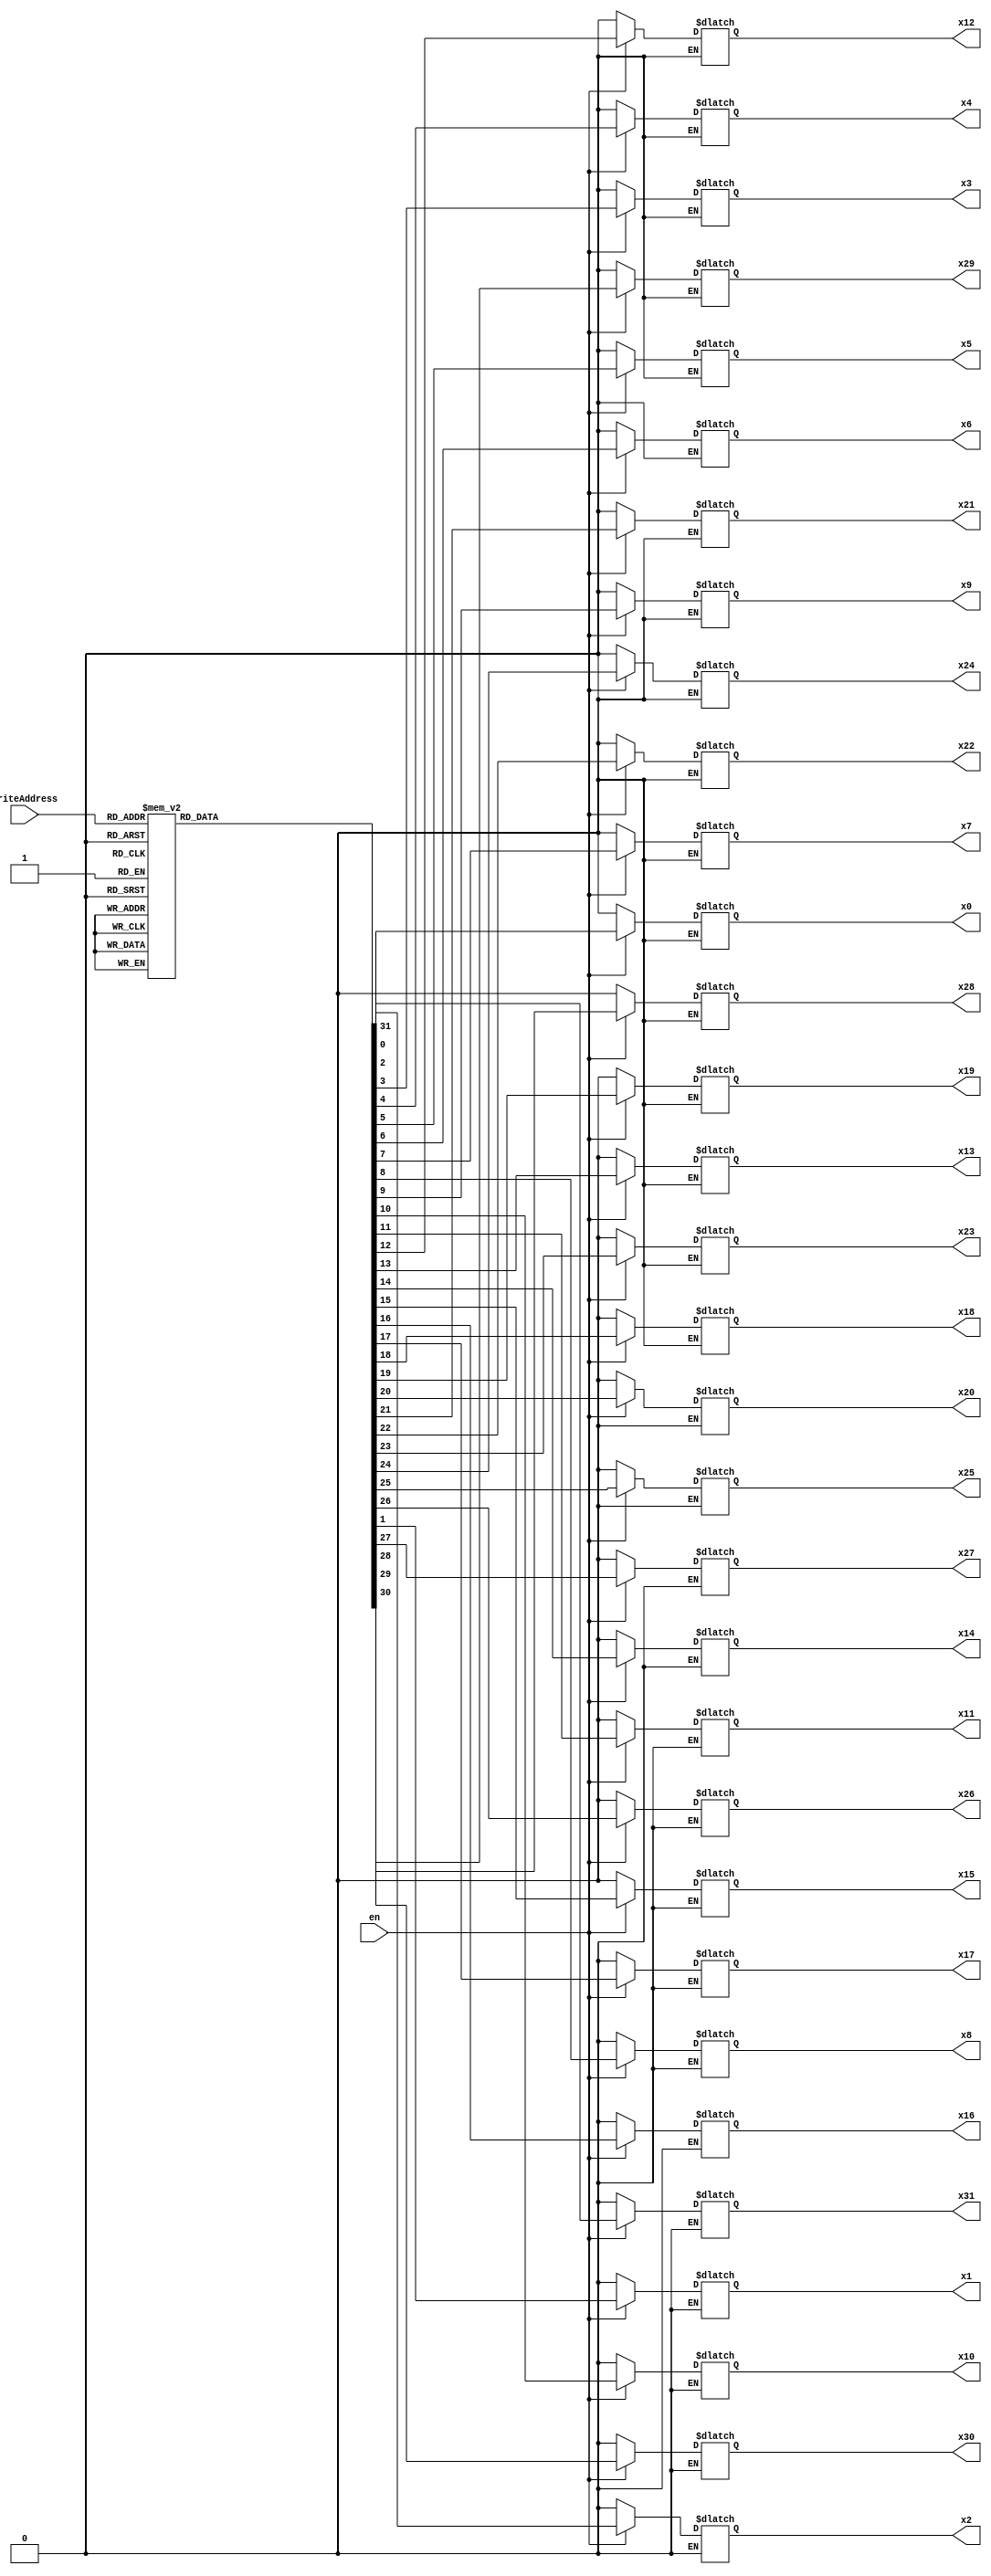
module Decoder_reg_file(writeAddress, x31,x30,x29,x28,x27,x26,x25,x24,x23,x22, 
				x21,x20,x19,x18,x17,x16,x15,x14,x13,x12, 
				x11,x10,x9,x8,x7,x6,x5,x4,x3,x2,x1,x0,en); 
output x31,x30,x29,x28,x27,x26,x25,x24,x23,x22,x21,x20,x19,x18,x17,x16,x15,x14,x13,x12,x11,x10,x9,x8,x7,x6,x5,x4,x3,x2,x1,x0; 
input [4:0]writeAddress; input en; 
reg x31,x30,x29,x28,x27,x26,x25,x24,x23,x22,x21,x20,x19,x18,x17,x16,x15,x14,x13,x12,x11,x10,x9,x8,x7,x6,x5,x4,x3,x2,x1,x0;

always @(writeAddress or en)   begin 
	if (en == 1'b1) 
case (writeAddress) 
5'b00000: {x31,x30,x29,x28,x27,x26,x25,x24,x23,x22,x21,x20,x19,x18,x17,x16,x15,x14,x13,x12,x11,x10,x9,x8,x7,x6,x5,x4,x3,x2,x1,x0} = 32'b00000000000000000000000000000001;
5'b00001: {x31,x30,x29,x28,x27,x26,x25,x24,x23,x22,x21,x20,x19,x18,x17,x16,x15,x14,x13,x12,x11,x10,x9,x8,x7,x6,x5,x4,x3,x2,x1,x0} = 32'b00000000000000000000000000000010;
5'b00010: {x31,x30,x29,x28,x27,x26,x25,x24,x23,x22,x21,x20,x19,x18,x17,x16,x15,x14,x13,x12,x11,x10,x9,x8,x7,x6,x5,x4,x3,x2,x1,x0} = 32'b00000000000000000000000000000100;
5'b00011: {x31,x30,x29,x28,x27,x26,x25,x24,x23,x22,x21,x20,x19,x18,x17,x16,x15,x14,x13,x12,x11,x10,x9,x8,x7,x6,x5,x4,x3,x2,x1,x0} = 32'b00000000000000000000000000001000;
5'b00100: {x31,x30,x29,x28,x27,x26,x25,x24,x23,x22,x21,x20,x19,x18,x17,x16,x15,x14,x13,x12,x11,x10,x9,x8,x7,x6,x5,x4,x3,x2,x1,x0} = 32'b00000000000000000000000000010000;
5'b00101: {x31,x30,x29,x28,x27,x26,x25,x24,x23,x22,x21,x20,x19,x18,x17,x16,x15,x14,x13,x12,x11,x10,x9,x8,x7,x6,x5,x4,x3,x2,x1,x0} = 32'b00000000000000000000000000100000;
5'b00110: {x31,x30,x29,x28,x27,x26,x25,x24,x23,x22,x21,x20,x19,x18,x17,x16,x15,x14,x13,x12,x11,x10,x9,x8,x7,x6,x5,x4,x3,x2,x1,x0} = 32'b00000000000000000000000001000000;
5'b00111: {x31,x30,x29,x28,x27,x26,x25,x24,x23,x22,x21,x20,x19,x18,x17,x16,x15,x14,x13,x12,x11,x10,x9,x8,x7,x6,x5,x4,x3,x2,x1,x0} = 32'b00000000000000000000000010000000;

5'b01000: {x31,x30,x29,x28,x27,x26,x25,x24,x23,x22,x21,x20,x19,x18,x17,x16,x15,x14,x13,x12,x11,x10,x9,x8,x7,x6,x5,x4,x3,x2,x1,x0} = 32'b00000000000000000000000100000000;
5'b01001: {x31,x30,x29,x28,x27,x26,x25,x24,x23,x22,x21,x20,x19,x18,x17,x16,x15,x14,x13,x12,x11,x10,x9,x8,x7,x6,x5,x4,x3,x2,x1,x0} = 32'b00000000000000000000001000000000;
5'b01010: {x31,x30,x29,x28,x27,x26,x25,x24,x23,x22,x21,x20,x19,x18,x17,x16,x15,x14,x13,x12,x11,x10,x9,x8,x7,x6,x5,x4,x3,x2,x1,x0} = 32'b00000000000000000000010000000000;
5'b01011: {x31,x30,x29,x28,x27,x26,x25,x24,x23,x22,x21,x20,x19,x18,x17,x16,x15,x14,x13,x12,x11,x10,x9,x8,x7,x6,x5,x4,x3,x2,x1,x0} = 32'b00000000000000000000100000000000;
5'b01100: {x31,x30,x29,x28,x27,x26,x25,x24,x23,x22,x21,x20,x19,x18,x17,x16,x15,x14,x13,x12,x11,x10,x9,x8,x7,x6,x5,x4,x3,x2,x1,x0} = 32'b00000000000000000001000000000000;
5'b01101: {x31,x30,x29,x28,x27,x26,x25,x24,x23,x22,x21,x20,x19,x18,x17,x16,x15,x14,x13,x12,x11,x10,x9,x8,x7,x6,x5,x4,x3,x2,x1,x0} = 32'b00000000000000000010000000000000;
5'b01110: {x31,x30,x29,x28,x27,x26,x25,x24,x23,x22,x21,x20,x19,x18,x17,x16,x15,x14,x13,x12,x11,x10,x9,x8,x7,x6,x5,x4,x3,x2,x1,x0} = 32'b00000000000000000100000000000000;
5'b01111: {x31,x30,x29,x28,x27,x26,x25,x24,x23,x22,x21,x20,x19,x18,x17,x16,x15,x14,x13,x12,x11,x10,x9,x8,x7,x6,x5,x4,x3,x2,x1,x0} = 32'b00000000000000001000000000000000;

5'b10000: {x31,x30,x29,x28,x27,x26,x25,x24,x23,x22,x21,x20,x19,x18,x17,x16,x15,x14,x13,x12,x11,x10,x9,x8,x7,x6,x5,x4,x3,x2,x1,x0} = 32'b00000000000000010000000000000000;
5'b10001: {x31,x30,x29,x28,x27,x26,x25,x24,x23,x22,x21,x20,x19,x18,x17,x16,x15,x14,x13,x12,x11,x10,x9,x8,x7,x6,x5,x4,x3,x2,x1,x0} = 32'b00000000000000100000000000000000;
5'b10010: {x31,x30,x29,x28,x27,x26,x25,x24,x23,x22,x21,x20,x19,x18,x17,x16,x15,x14,x13,x12,x11,x10,x9,x8,x7,x6,x5,x4,x3,x2,x1,x0} = 32'b00000000000001000000000000000000;
5'b10011: {x31,x30,x29,x28,x27,x26,x25,x24,x23,x22,x21,x20,x19,x18,x17,x16,x15,x14,x13,x12,x11,x10,x9,x8,x7,x6,x5,x4,x3,x2,x1,x0} = 32'b00000000000010000000000000000000;
5'b10100: {x31,x30,x29,x28,x27,x26,x25,x24,x23,x22,x21,x20,x19,x18,x17,x16,x15,x14,x13,x12,x11,x10,x9,x8,x7,x6,x5,x4,x3,x2,x1,x0} = 32'b00000000000100000000000000000000;
5'b10101: {x31,x30,x29,x28,x27,x26,x25,x24,x23,x22,x21,x20,x19,x18,x17,x16,x15,x14,x13,x12,x11,x10,x9,x8,x7,x6,x5,x4,x3,x2,x1,x0} = 32'b00000000001000000000000000000000;
5'b10110: {x31,x30,x29,x28,x27,x26,x25,x24,x23,x22,x21,x20,x19,x18,x17,x16,x15,x14,x13,x12,x11,x10,x9,x8,x7,x6,x5,x4,x3,x2,x1,x0} = 32'b00000000010000000000000000000000;
5'b10111: {x31,x30,x29,x28,x27,x26,x25,x24,x23,x22,x21,x20,x19,x18,x17,x16,x15,x14,x13,x12,x11,x10,x9,x8,x7,x6,x5,x4,x3,x2,x1,x0} = 32'b00000000100000000000000000000000;

5'b11000: {x31,x30,x29,x28,x27,x26,x25,x24,x23,x22,x21,x20,x19,x18,x17,x16,x15,x14,x13,x12,x11,x10,x9,x8,x7,x6,x5,x4,x3,x2,x1,x0} = 32'b00000001000000000000000000000000;
5'b11001: {x31,x30,x29,x28,x27,x26,x25,x24,x23,x22,x21,x20,x19,x18,x17,x16,x15,x14,x13,x12,x11,x10,x9,x8,x7,x6,x5,x4,x3,x2,x1,x0} = 32'b00000010000000000000000000000000;
5'b11010: {x31,x30,x29,x28,x27,x26,x25,x24,x23,x22,x21,x20,x19,x18,x17,x16,x15,x14,x13,x12,x11,x10,x9,x8,x7,x6,x5,x4,x3,x2,x1,x0} = 32'b00000100000000000000000000000000;
5'b11011: {x31,x30,x29,x28,x27,x26,x25,x24,x23,x22,x21,x20,x19,x18,x17,x16,x15,x14,x13,x12,x11,x10,x9,x8,x7,x6,x5,x4,x3,x2,x1,x0} = 32'b00001000000000000000000000000000;
5'b11100: {x31,x30,x29,x28,x27,x26,x25,x24,x23,x22,x21,x20,x19,x18,x17,x16,x15,x14,x13,x12,x11,x10,x9,x8,x7,x6,x5,x4,x3,x2,x1,x0} = 32'b00010000000000000000000000000000;
5'b11101: {x31,x30,x29,x28,x27,x26,x25,x24,x23,x22,x21,x20,x19,x18,x17,x16,x15,x14,x13,x12,x11,x10,x9,x8,x7,x6,x5,x4,x3,x2,x1,x0} = 32'b00100000000000000000000000000000;
5'b11110: {x31,x30,x29,x28,x27,x26,x25,x24,x23,x22,x21,x20,x19,x18,x17,x16,x15,x14,x13,x12,x11,x10,x9,x8,x7,x6,x5,x4,x3,x2,x1,x0} = 32'b01000000000000000000000000000000;
5'b11111: {x31,x30,x29,x28,x27,x26,x25,x24,x23,x22,x21,x20,x19,x18,x17,x16,x15,x14,x13,x12,x11,x10,x9,x8,x7,x6,x5,x4,x3,x2,x1,x0} = 32'b10000000000000000000000000000000;

default: {x31,x30,x29,x28,x27,x26,x25,x24,x23,x22,x21,x20,x19,x18,x17,x16,x15,x14,x13,x12,x11,x10,x9,x8,x7,x6,x5,x4,x3,x2,x1,x0} = 32'bxxxxxxxxxxxxxxxxxxxxxxxxxxxxxxxx; 
endcase 
if (en == 0) {x31,x30,x29,x28,x27,x26,x25,x24,x23,x22,x21,x20,x19,x18,x17,x16,x15,x14,x13,x12,x11,x10,x9,x8,x7,x6,x5,x4,x3,x2,x1,x0} = 32'b00000000000000000000000000000000; 
end 
endmodule